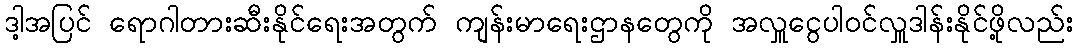
ဒါ့အပြင် ရောဂါတားဆီးနိုင်ရေးအတွက် ကျန်းမာရေးဌာနတွေကို အလှူငွေပါဝင်လှူဒါန်းနိုင်ဖို့လည်း